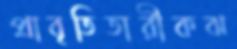
প্রাবৃতিতারীকঝ